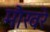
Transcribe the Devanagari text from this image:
मौखरे